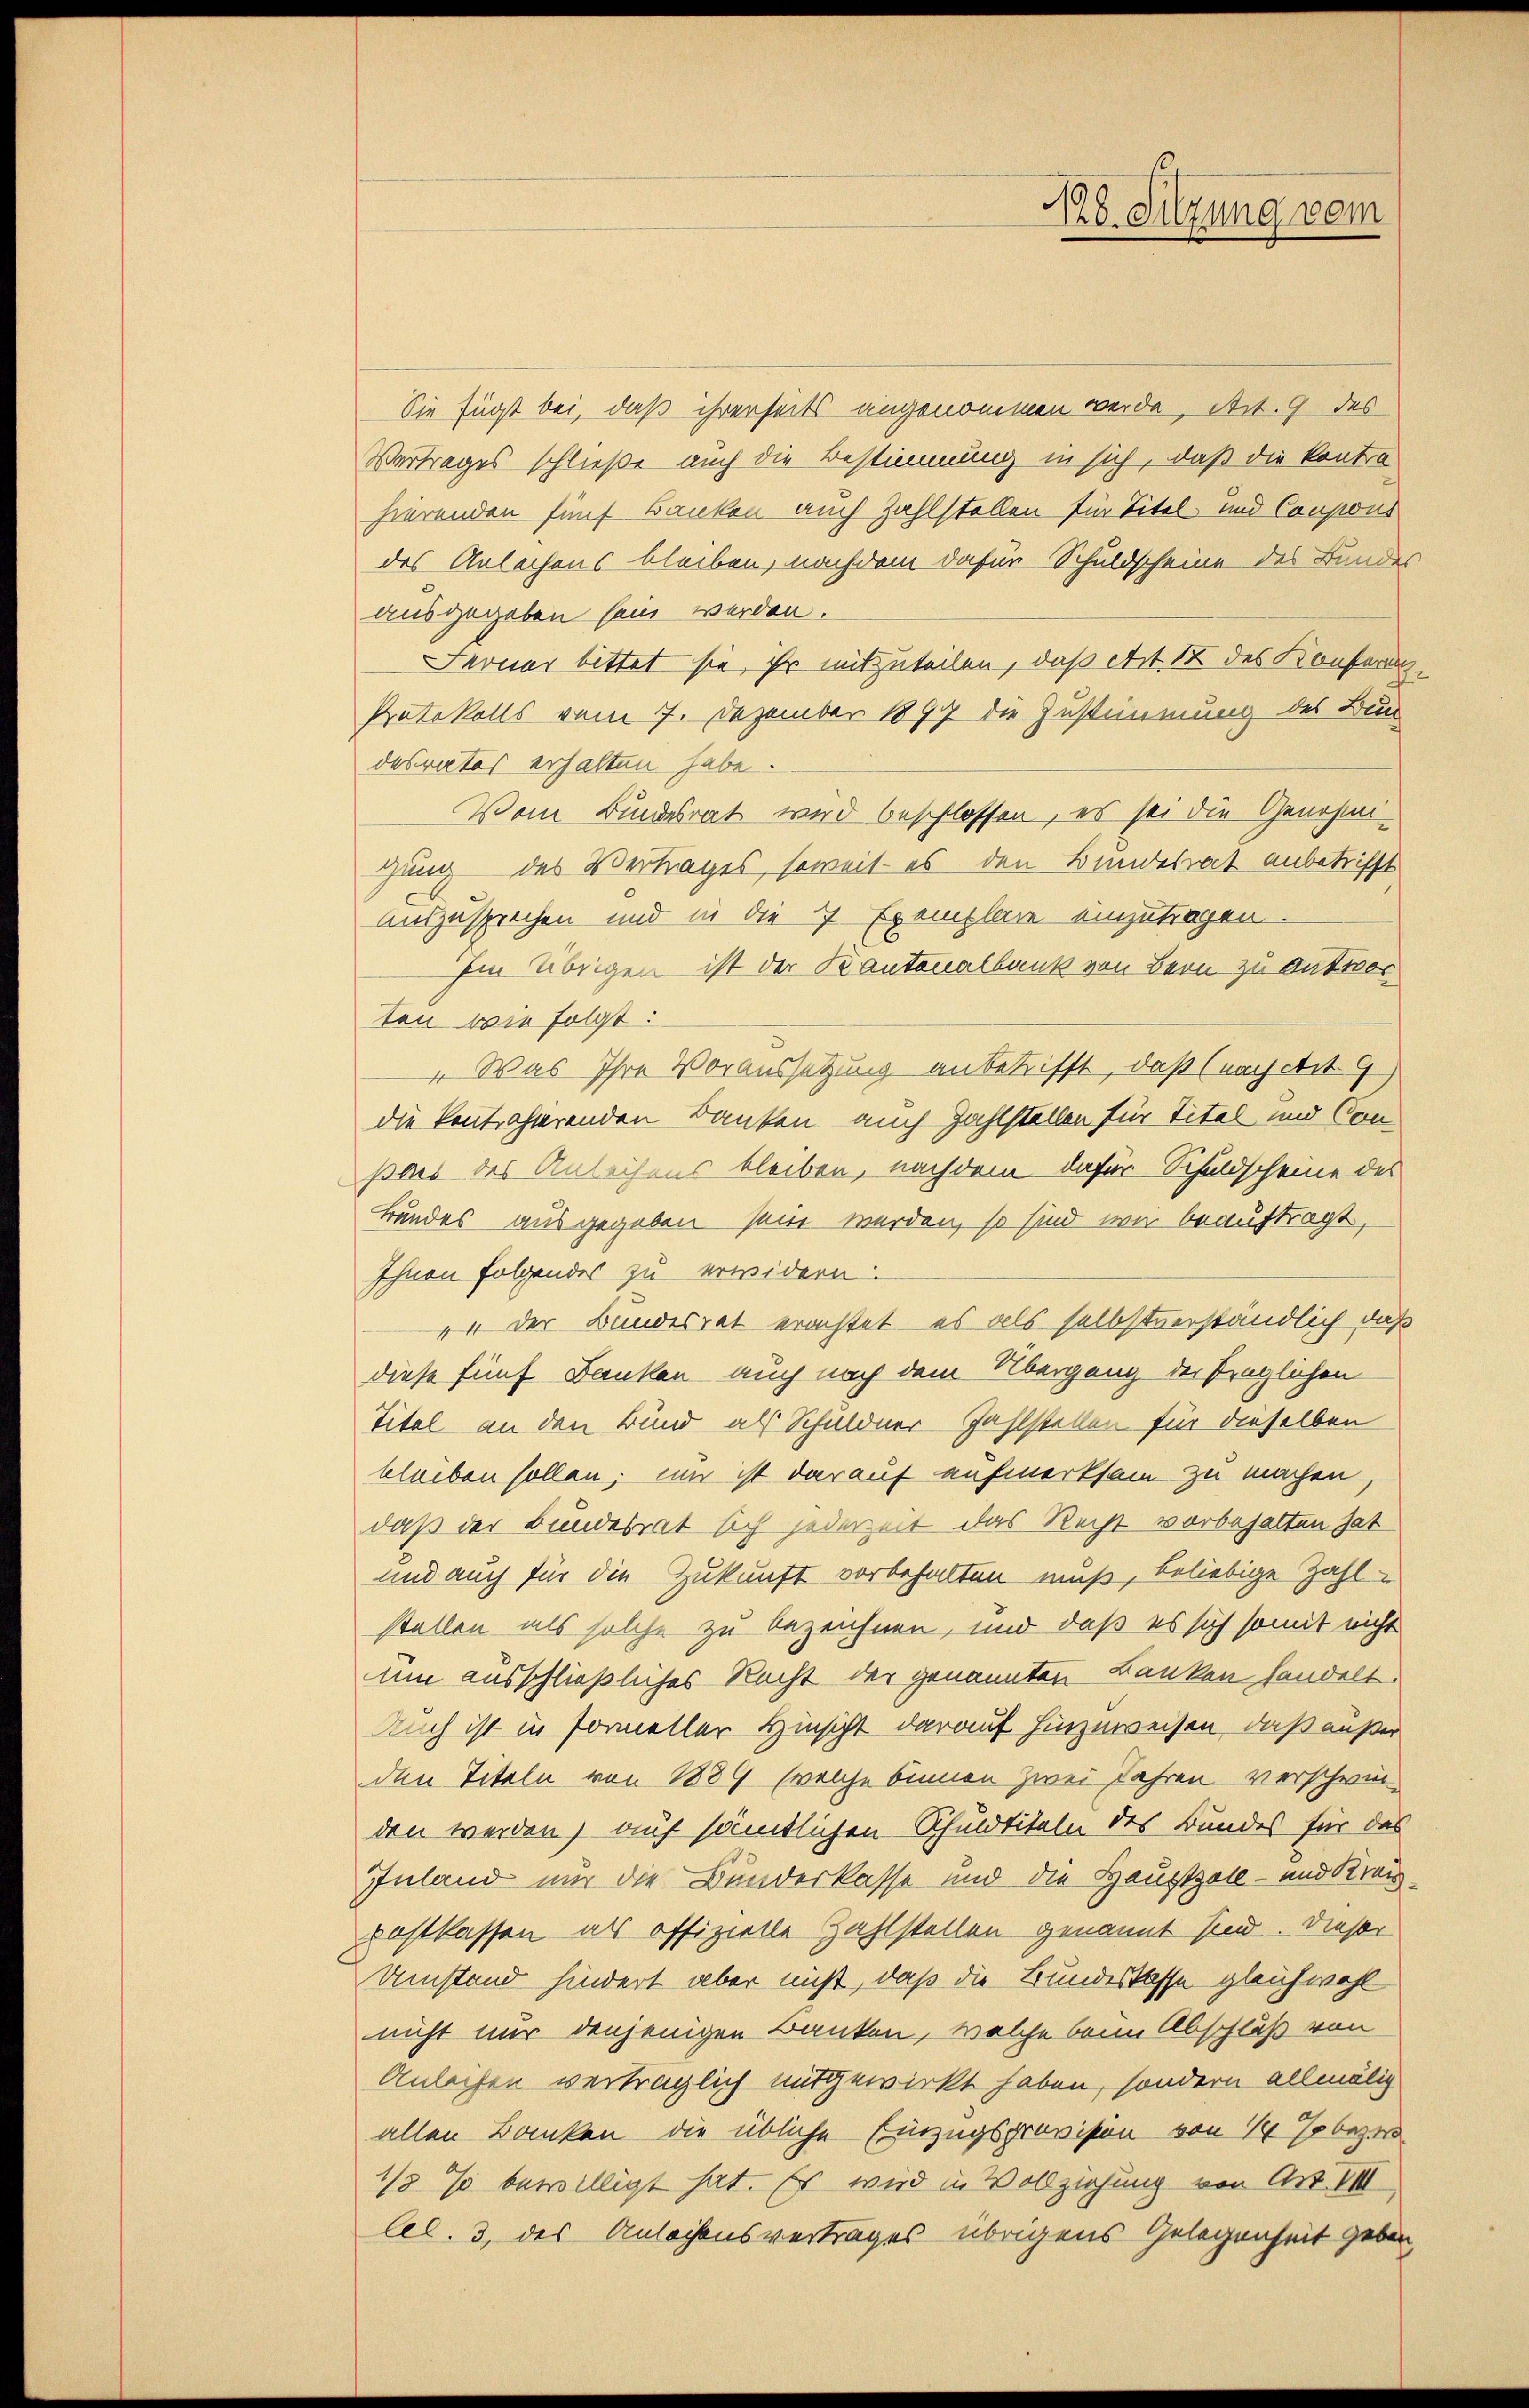
Sie fügt bei, daß ihrerseits angenommen werde, Art. 9 des
Vertrages schließe auch die Bestimmung in sich, daß die Kontro
hierenden fünf Banken auch Zahlstellen für Titel und Coupons
des Anlachens bleiben, nachdem dafür Schuldscheine des Bundes
ausgegeben sein werden.
Ferner bittet sie, ihr mitzuteilen, daß Art. 12 des Konferen,
Protokolls vom 7. Dezember 1899 die Zustimmung des Bun
desrates erhalten habe.
Vom Bundesrat wird beschlossen, es sei die Genehmigung des Vertrages, soweit - es den Bundesrat anbetrifft
Auszusprechen und in die 7 Exemplare einzutragen.
Im Übrigen ist der Kantonalbank von Bern zu Antworten wie folgt:
„Was Ihre Voraussetzung anbetrifft, daß (nach Art. 9.)
die kontrahierenden Banken auch Zahlstellen für Titel und Conpas des Anleihens bleiben, nachdem dafür Schuldscheine des
Bundes ausgegeben sein werden, so sind wir beauftragt,
Ihnen folgendes zu erwidern.
" der Bundesrat erachtet, es als selbstverständlich, daß
diese fünf Banken auch nach dem Übergang der fraglichen
Titel an den Bund als Schuldner-Zahlstellen für dieselben
bleiben sollen; und ist darauf aufmerksam zu machen,
daß der Bundesrat sich jederzeit das Recht vorbehalten hat
und auch für die Zukunft vorbehalten muß, beliebige Zahl-
stellen als solche zu bezeichnen, und daß es sich somit nicht
um ausschließliches Recht der genannten Banken handelt.
Auch ist in Formeller Hinsicht darauf hinzuweisen, daß außer
den Titeln von 1889 welche binnen zwei Jahren verschwinden werden, auf sämtlichen Schuldtiteln des Bundes für das
Inland nur die Bunderkasse und die Hauptzoll- und Kreispostkassen als offizielle Zahlstellen genannt sind. Dieser
Umstand hindert aber nicht, daß die Bundeskasse gleichwohl
nicht nur denjenigen Banken, welche beim Abschluß von
Anleihen verträglich mitgewirkt haben, sondern allmälig
allen Banken die übliche Einzugsprovision von 1 % bezwi-
1/8 % bewilligt hat. Es wird in Vollziehung von Art. VIII
lel. 3, des Anlachensvertrages übrigens Gelegenheit geben,

18. Sitzung vom